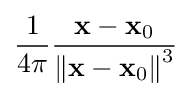
{\frac {1}{4\pi }}{\frac {\mathbf {x} -\mathbf {x} _{0}}{\left\|\mathbf {x} -\mathbf {x} _{0}\right\|^{3}}}